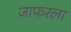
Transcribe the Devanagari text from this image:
जाफरला